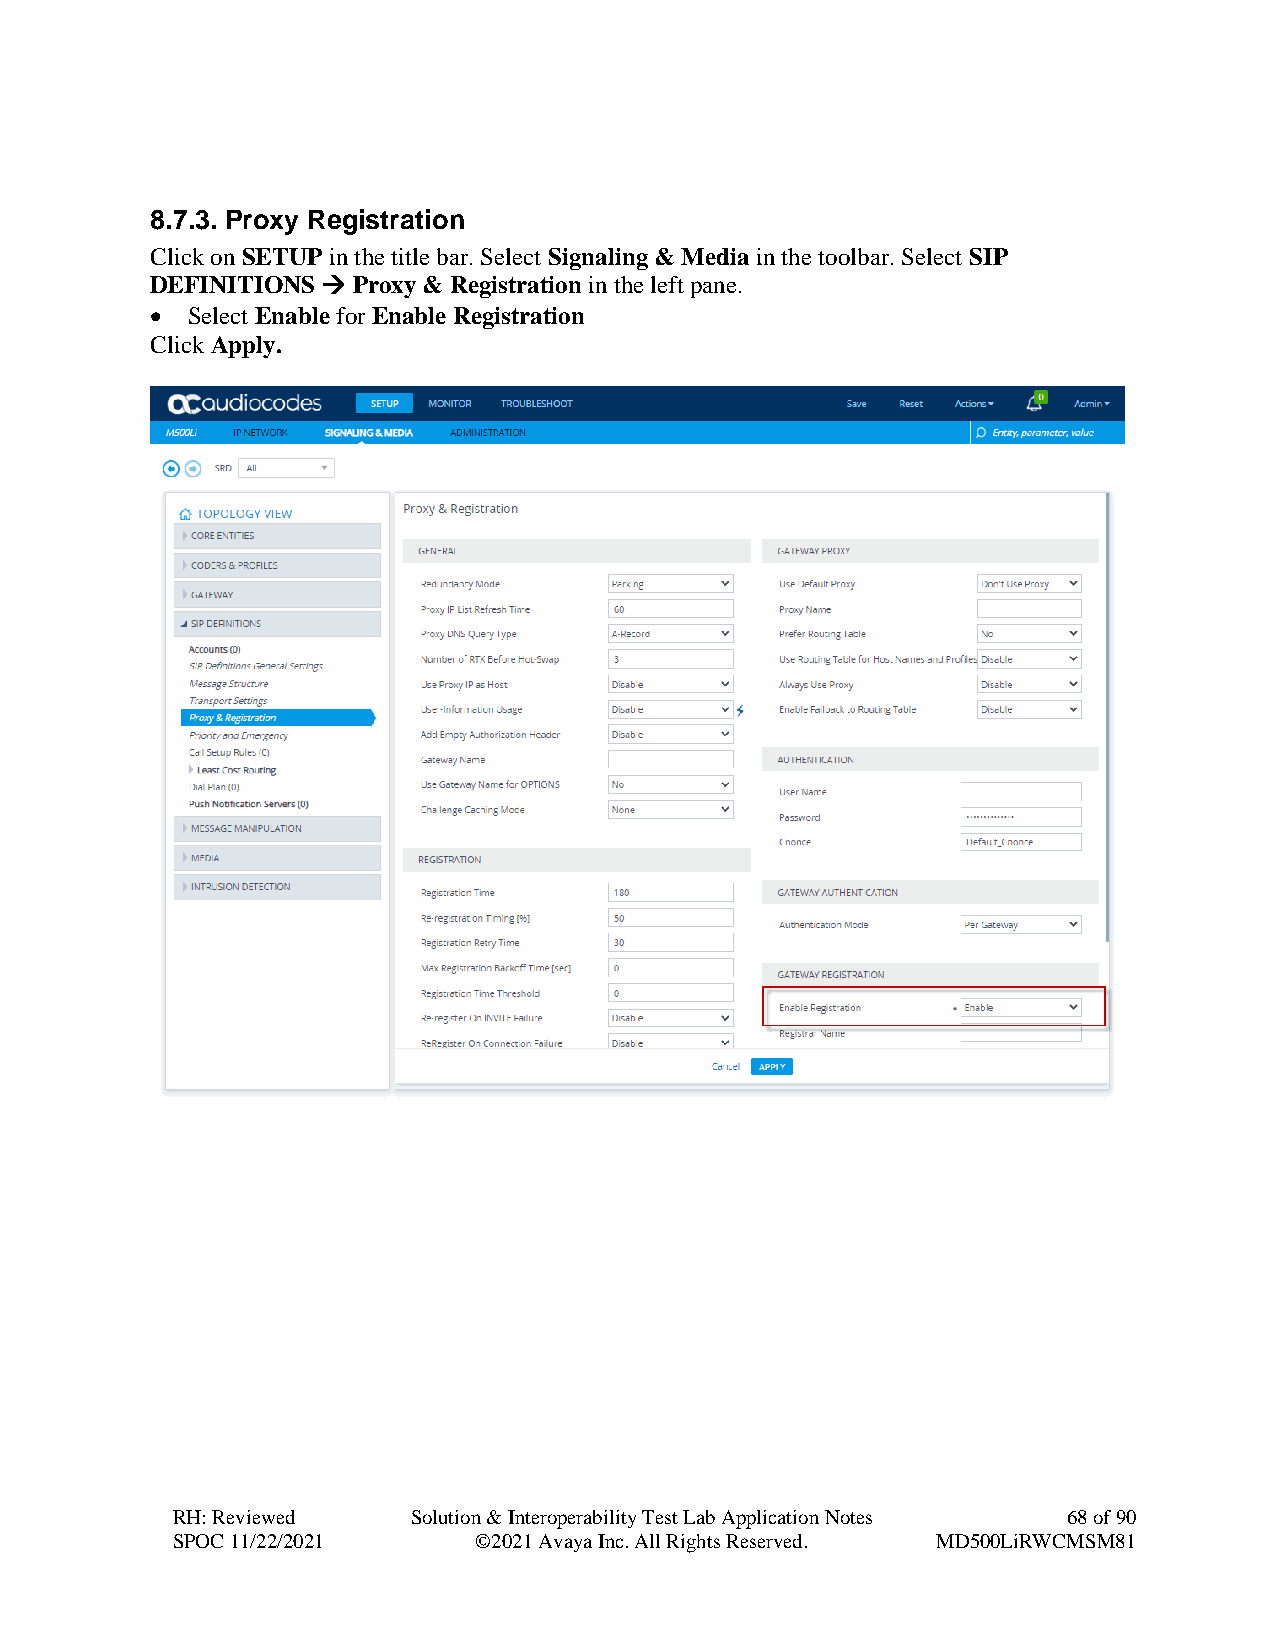
8.7.3. Proxy Registration
 Click on SETUP in the title bar. Select Signaling & Media in the toolbar. Select SIP
 DEFINITIONS → Proxy & Registration in the left pane.
 • Select Enable for Enable Registration
 Click Apply.
 RH: Reviewed    Solution & Interoperability Test Lab Application Notes 68 of 90
 SPOC 11/22/2021     ©2021 Avaya Inc. All Rights Reserved. MD500LiRWCMSM81